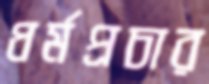
ধর্মপ্রচার